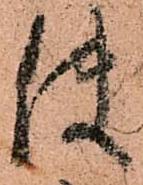
使